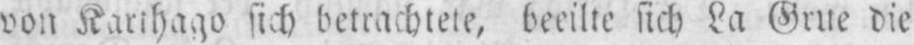
sich betrachtete, beeilte sich La Grue die